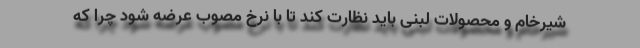
شیرخام و محصولات لبنی باید نظارت کند تا با نرخ مصوب عرضه شود چرا که